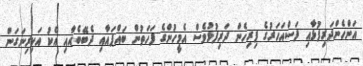
އަންހެންދަރިފުޅާއި ފަސްއަހަރުގެ ފިރިހެން ދަރިފުޅުވެސް އެމީހުންގެ ފަހަތުން ބައްޕައާއި ދެބޭބެއާއި އެކު އަކިރިނަގަން